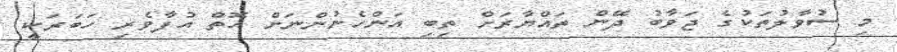
މި ސުވާލުތަކުގެ ޖަވާބު ދޭން ތައްޔާރަށް ތިބި އަންހެނުންނަށް އޮތް އުފާވެރި ހަބަރަކީ